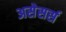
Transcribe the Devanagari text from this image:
असेसर्स